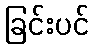
ခြင်းပင်